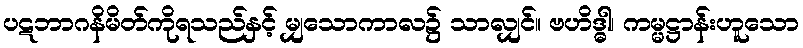
ပဋဘာဂနိမိတ်ကိုရသည်နှင့် မျှသောကာလ၌ သာလျှင်။ ဗဟိဒ္ဓါ၊ ကမ္မဋ္ဌာန်းဟူသော